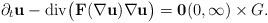
LaTeX: \begin{align*}\partial_{t} \mathbf{u} - \mathrm{div}\big(\mathbf{F}(\nabla \mathbf{u}) \nabla \mathbf{u}\big) = \mathbf{0} (0, \infty) \times G.\end{align*}